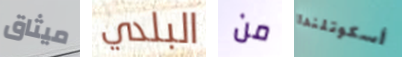
ميثاق البلدي من أسكوتلندا